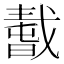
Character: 𢧸